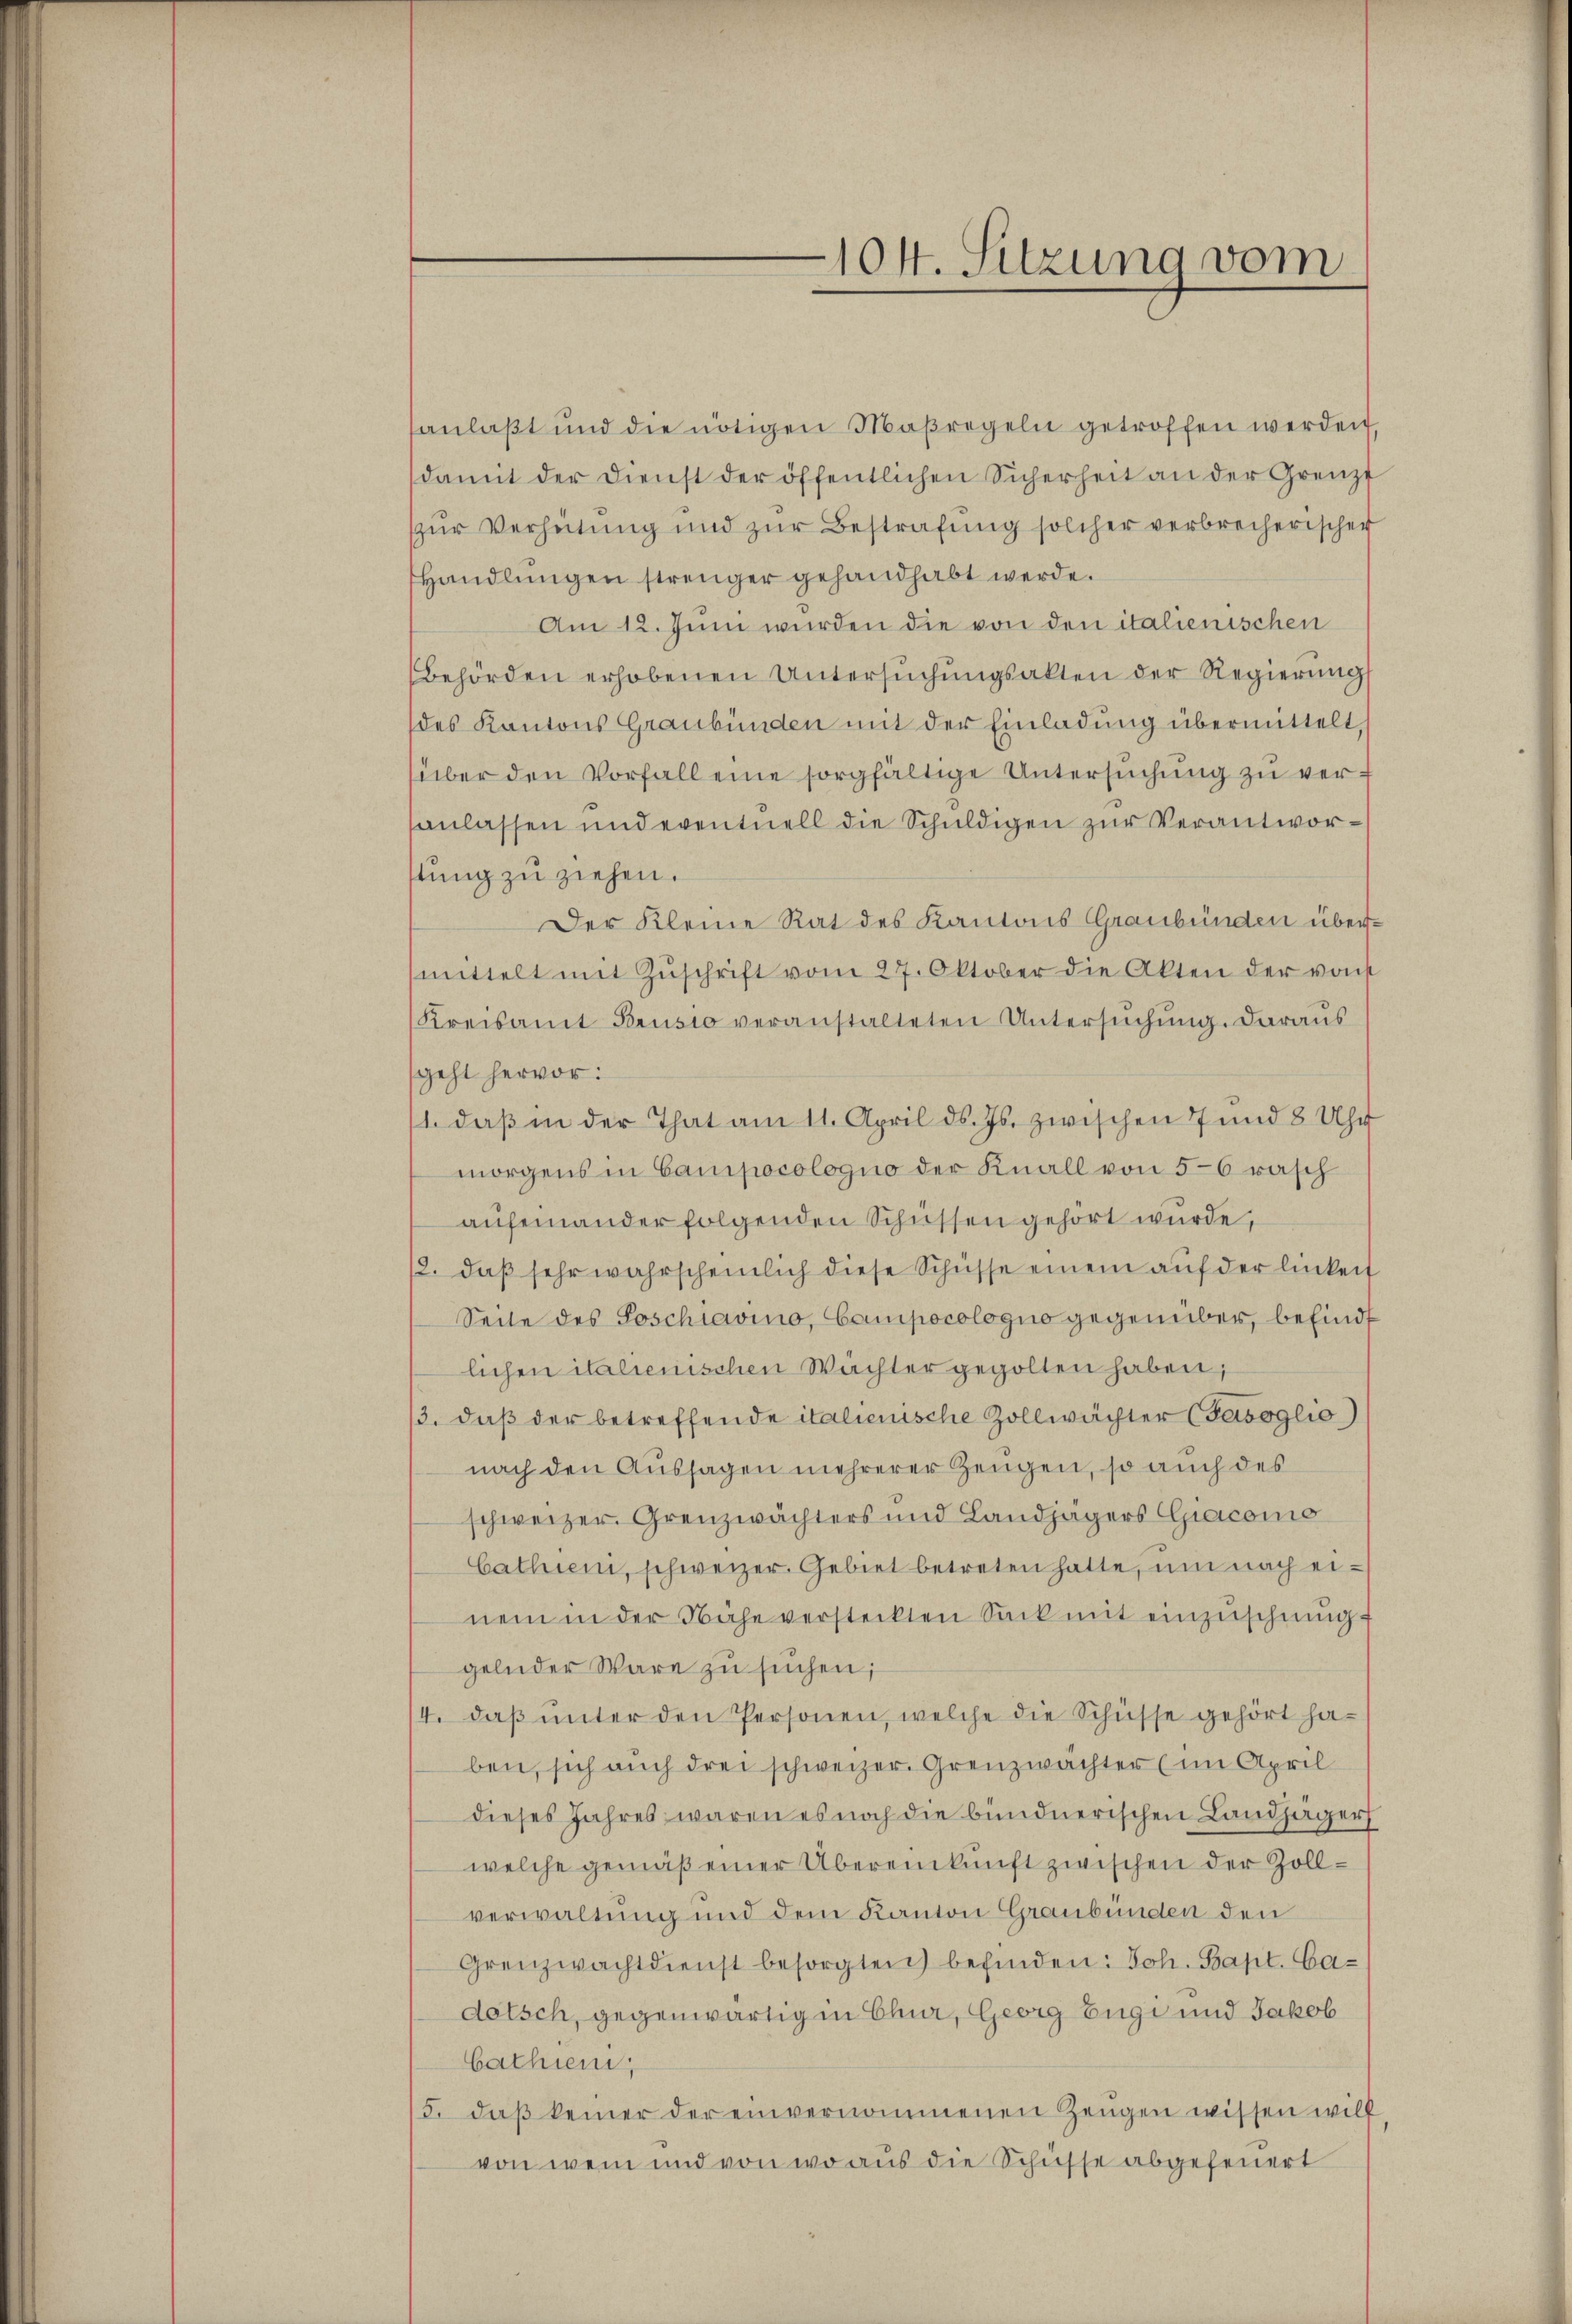
104. Sitzung vom

anlaßt und die nötigen Maßregeln getroffen werden
damit der Dienst der öffentlichen Sicherheit an der Grenzt
zŭr Verheitung und zŭr Bestrafung solcher verbrecherischer
Handlungen strenger gehandhabt werde.
Am 12. Juni wurden die von den italienischen
Behörden erhobenen Untersuchungsakten der Regierung
des Kantons Graubünden mit der Einladung übermittelt
über den Vorfall eine sorgfältige Untersuchung zu versanlassen und eventuell die Schuldigen zur Verantworstung zu ziehen.
Der Kleine Rat des Kantons Graubünden übermittelt mit Zŭschrift vom 27. Oktober die Akten der von
Kreisamt Brusio veranstalteten Untersŭchŭng. Daraus
geht hervor:
1. daβ in der That am 11. April d. Js. zwischen 7 und 8 Uhr
morgens in Campacologno der Knall von 5-6 rasch
aufeinander folgenden Schüssen gehört wurde,
12. daβ sehr wahrscheinlich diese Schüsse einem aŭf der linkeit
Seite des Poschiavino, Campocologno gegenüber, befind
lichen italienischen Wächter gegolten haben,
13. daß der betreffende italienische Zollwächter (Gasoglio)
nach den Aussagen mehrerer Zeugen, so auch des
schweizer. Grenzwächters und Landjägers Giacomo
Cathien, schweizer. Gebiet betreten hatte, um nach einem in der Nähe versteckten Sack mit einzŭschnuggelnder Wäre zu suchen;
/4. daβ ŭnter den Personen, welche die Schüsse gehört haben, sich auch drei schweizer. Grenzwächter (im April
dieses Jahres waren es noch die bundnerischen Landjäger
welche gemäß einer Übereinkunft zwischen der Zollverwaltung und dem Kanton Graubünden den
Grenzwachtdienst besorgten befinden: Joh. Bapt. Cadotsch, gegenwärtig in Chur, Georg Eügi und Jakob
bathien,
5. daβ keiner der einvernommenen Zeŭgen wissen will
von wem und von wo aus die Schüsse abgefeuert